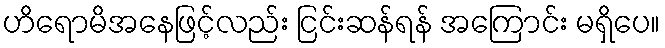
ဟိရောမိအနေဖြင့်လည်း ငြင်းဆန်ရန် အကြောင်း မရှိပေ။